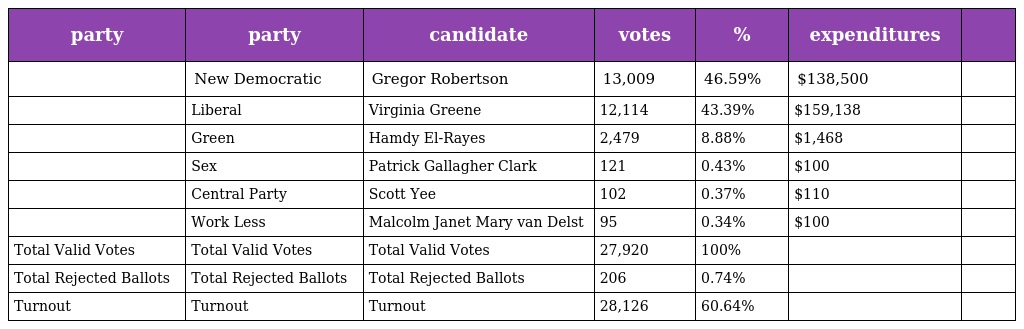
| party | party | candidate | votes | % | expenditures |  |
 | --- | --- | --- | --- | --- | --- | --- |
 |  | New Democratic | Gregor Robertson | 13,009 | 46.59% | $138,500 |  |
 |  | Liberal | Virginia Greene | 12,114 | 43.39% | $159,138 |  |
 |  | Green | Hamdy El-Rayes | 2,479 | 8.88% | $1,468 |  |
 |  | Sex | Patrick Gallagher Clark | 121 | 0.43% | $100 |  |
 |  | Central Party | Scott Yee | 102 | 0.37% | $110 |  |
 |  | Work Less | Malcolm Janet Mary van Delst | 95 | 0.34% | $100 |  |
 | Total Valid Votes | Total Valid Votes | Total Valid Votes | 27,920 | 100% |  |  |
 | Total Rejected Ballots | Total Rejected Ballots | Total Rejected Ballots | 206 | 0.74% |  |  |
 | Turnout | Turnout | Turnout | 28,126 | 60.64% |  |  |